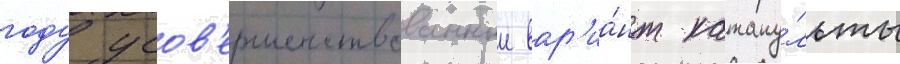
году усов'ершенствованныи вар'иа́нт катапу́льты